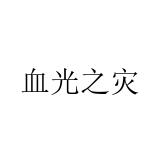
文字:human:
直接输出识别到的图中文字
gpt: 血光之灾